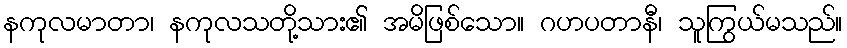
နကုလမာတာ၊ နကုလသတို့သား၏ အမိဖြစ်သော။ ဂဟပတာနီ၊ သူကြွယ်မသည်။